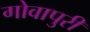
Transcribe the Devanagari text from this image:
गोवापुरी